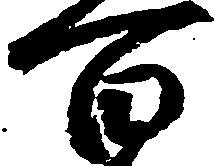
百